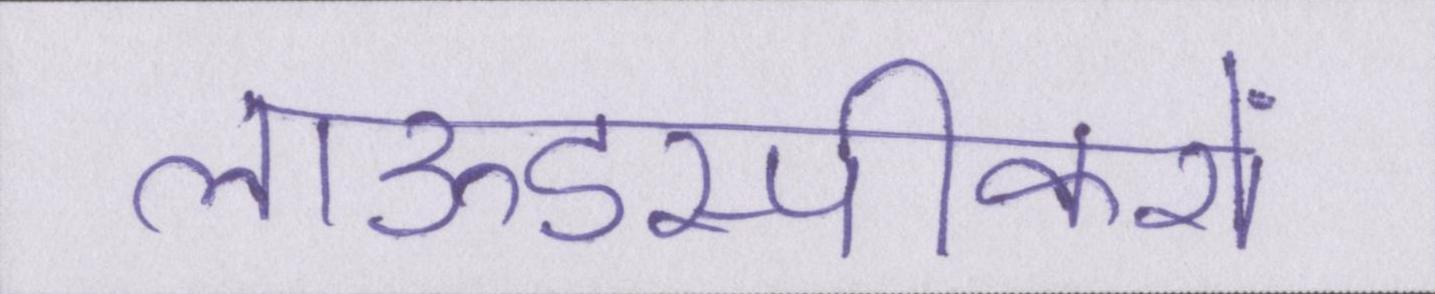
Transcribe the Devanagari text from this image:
लाऊडस्पीकरों